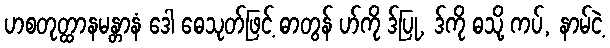
ဟစတုတ္ထာနမန္တာနံ ဒေါ ဓေသုတ်ဖြင့် ဓာတွန် ဟ်ကို ဒ်ပြု, ဒ်ကို ဓသို့ ကပ်, နာမ်ငဲ့